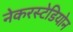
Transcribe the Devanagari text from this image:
नेकरस्टेडियोन